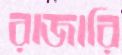
রাজারি